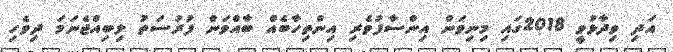
އަދި ވިދާޅުވީ 2018ގައި މިނިވަން އިންސާފުވެރި އިންތިހާބެއް ބާއްވަން ފުރުސަތު ލިބިއްޖެނަމަ ދިވެހި